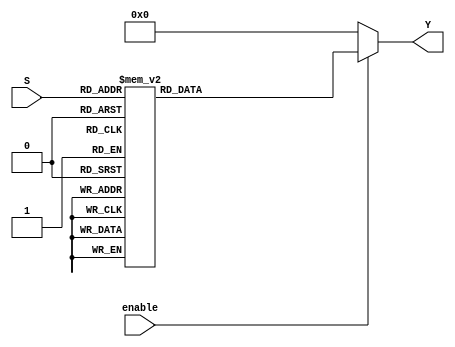
// Enable activo alto
module decoder_8bits(output reg [7:0] Y, input [2:0] S, input enable);
	always @ (S, enable)
		begin		
			if(enable)
				case(S)
					3'b000: Y = 8'b00000001;
					3'b001: Y = 8'b00000010;
					3'b010: Y = 8'b00000100;
					3'b011: Y = 8'b00001000;
					3'b100: Y = 8'b00010000;
					3'b101: Y = 8'b00100000;
					3'b110: Y = 8'b01000000;
					3'b111: Y = 8'b10000000;
				endcase
			else
				Y = 8'b00000000;
		end
endmodule